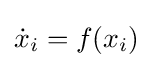
{\dot {x}}_{i}=f(x_{i})